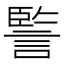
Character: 𧩾